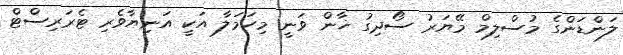
ލަންޑަންގެ މުސްލިމް މޭޔަރު ސޯދިގު ޚާން ވަނީ މިހަމަލާ އަކީ އަނިޔާވެރި ޓެރަރިސްޓް